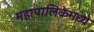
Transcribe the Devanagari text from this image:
महापालिकेमध्ये